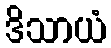
ဒိသာယံ